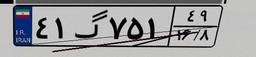
۴۱گ۷۵۱۴۹